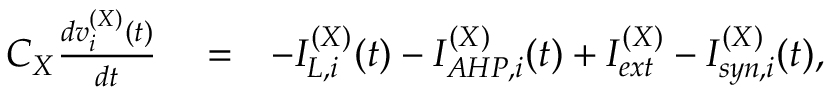
\begin{array} { r l r } { C _ { X } \frac { d v _ { i } ^ { ( X ) } ( t ) } { d t } } & { { } = } & { - I _ { L , i } ^ { ( X ) } ( t ) - I _ { A H P , i } ^ { ( X ) } ( t ) + I _ { e x t } ^ { ( X ) } - I _ { s y n , i } ^ { ( X ) } ( t ) , } \end{array}